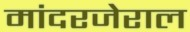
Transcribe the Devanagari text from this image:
मांदरजेराल